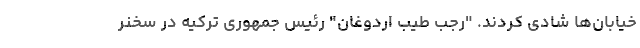
خیابان‌ها شادی کردند. "رجب طیب اردوغان" رئیس جمهوری ترکیه در سخنر